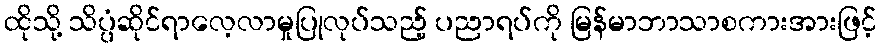
ထိုသို့ သိပ္ပံဆိုင်ရာလေ့လာမှုပြုလုပ်သည့် ပညာရပ်ကို မြန်မာဘာသာစကားအားဖြင့်